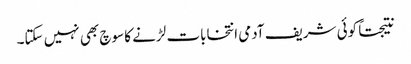
نتیجتاً کوئی شریف آدمی انتخابات لڑنے کا سوچ بھی نہیں سکتا۔